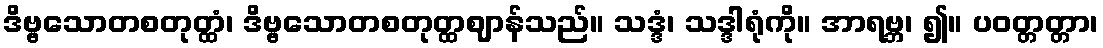
ဒိဗ္ဗသောတစတုတ္ထံ၊ ဒိဗ္ဗသောတစတုတ္ထဈာန်သည်။ သဒ္ဒံ၊ သဒ္ဒါရုံကို။ အာရဗ္ဘ၊ ၍။ ပဝတ္တတ္တာ၊